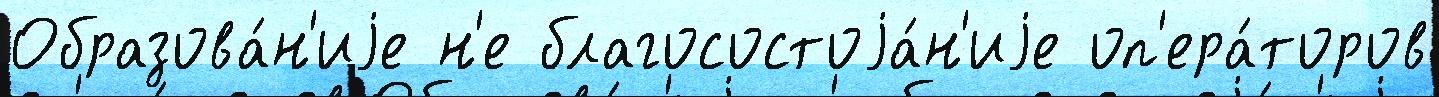
Образова́н'иjе н'е благосостоjа́н'иjе оп'ера́торов